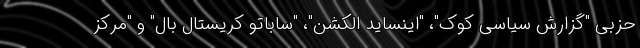
حزبی "گزارش سیاسی کوک"، "اینساید الکشن"، "ساباتو کریستال بال" و "مرکز